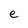
Character: e